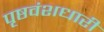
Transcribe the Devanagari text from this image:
पृष्ठवंशधारी